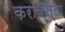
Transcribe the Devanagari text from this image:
कराकल्ला